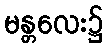
မန္တလေး၌